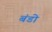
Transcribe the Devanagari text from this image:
बंडो